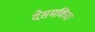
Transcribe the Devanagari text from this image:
देसमकिंवा